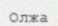
Олжа